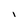
Character: i